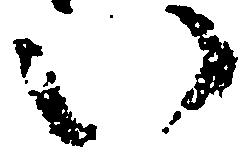
い